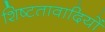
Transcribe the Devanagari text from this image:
शिष्टतावादियों